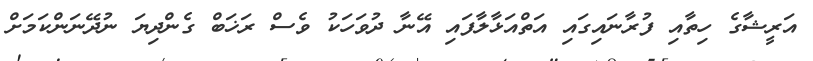
އަރީޝާގެ ހިތާއި ފުރާނައިގައި އަތްއަޅާލާފައި އޭނާ ދުވަހަކު ވެސް ރަޚަބް ގެންދިޔަ ނުދޭނަންކަމަށް